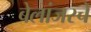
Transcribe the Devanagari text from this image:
बेलांजरचे